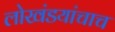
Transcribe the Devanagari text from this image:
लोखंडयांचाच